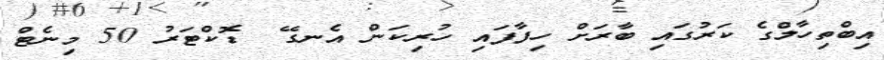
އިބްތިހާލްގެ ކަރުގައި ބާރަށް ހިފާފައި ހުރިކަން އެނގޭ  ޑޮކްޓަރު 50 މިނެޓް